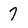
Character: 7